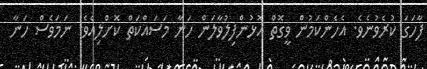
ފާހަގަ ކުރެވުނެވެ. އެހެންކަމުން ވީގޮތްް އޮޅުންފިލުވާލަަން ހަނާ މަސައްކަތްް ކޮށްލިއެވެ. ނަމަވެސް ހަނާ